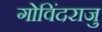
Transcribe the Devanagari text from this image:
गोविंदराजु